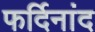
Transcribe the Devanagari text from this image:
फर्दिनांद